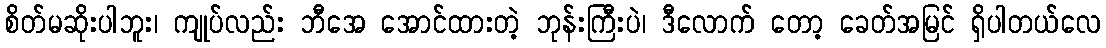
စိတ်မဆိုးပါဘူး၊ ကျုပ်လည်း ဘီအေ အောင်ထားတဲ့ ဘုန်းကြီးပဲ၊ ဒီလောက် တော့ ခေတ်အမြင် ရှိပါတယ်လေ